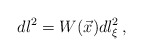
\begin{align*}dl^{2}=W(\vec{x})dl_{\xi}^{2}\, ,\end{align*}